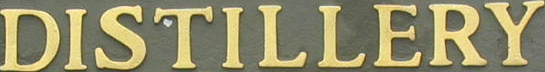
DISTILLERY